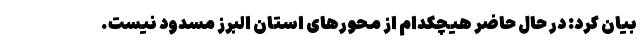
بیان کرد: در حال حاضر هیچکدام از محورهای استان البرز مسدود نیست.